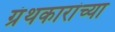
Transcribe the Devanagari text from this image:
ग्रंथकारांच्या